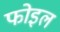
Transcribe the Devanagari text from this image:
फोइल